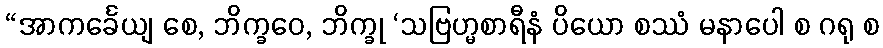
“အာကင်္ခေယျ စေ, ဘိက္ခဝေ, ဘိက္ခု ‘သဗြဟ္မစာရီနံ ပိယော စဿံ မနာပေါ စ ဂရု စ